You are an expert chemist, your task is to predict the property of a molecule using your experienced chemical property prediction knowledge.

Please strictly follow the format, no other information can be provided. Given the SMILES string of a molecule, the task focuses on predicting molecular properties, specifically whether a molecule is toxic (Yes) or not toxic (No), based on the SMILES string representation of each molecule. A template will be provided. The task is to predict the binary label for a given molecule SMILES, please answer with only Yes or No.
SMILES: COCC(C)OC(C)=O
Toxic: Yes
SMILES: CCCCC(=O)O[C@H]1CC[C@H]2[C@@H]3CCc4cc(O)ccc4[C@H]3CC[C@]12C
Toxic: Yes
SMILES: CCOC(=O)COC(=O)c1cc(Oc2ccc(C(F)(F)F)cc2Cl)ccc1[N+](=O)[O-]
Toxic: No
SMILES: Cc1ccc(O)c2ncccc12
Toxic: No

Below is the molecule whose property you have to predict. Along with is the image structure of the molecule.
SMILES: CCCCC(C)C(=O)O
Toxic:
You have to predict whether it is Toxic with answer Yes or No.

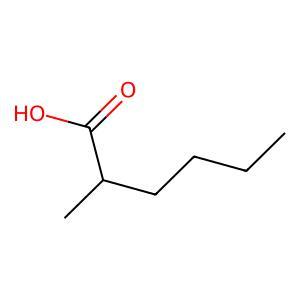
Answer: No